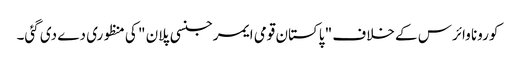
کورونا وائرس کے خلاف " پاکستان قومی ایمرجنسی پلان " کی منظوری دے دی گئی۔